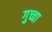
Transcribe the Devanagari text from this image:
गुच्चा